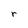
Character: r